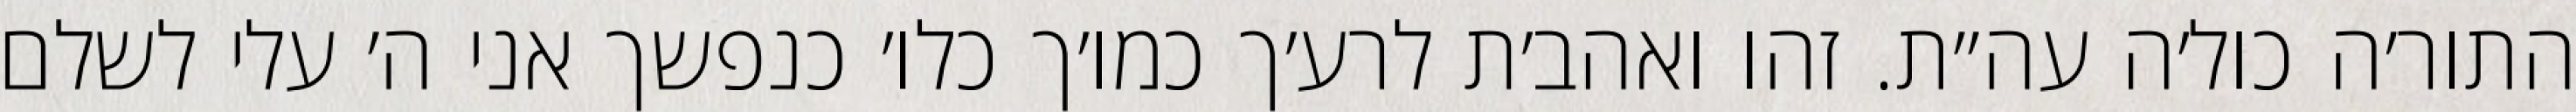
התור׳ה כול׳ה עה״ת. זהו ואהב׳ת לרע׳ך כמו׳ך כלו׳ כנפשך אני ה׳ עלי לשלם